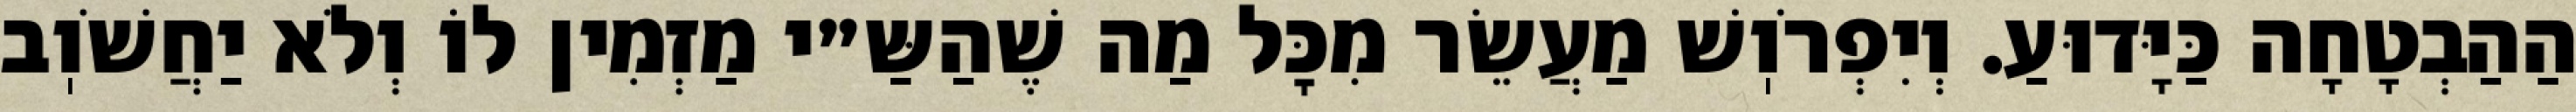
הַהַבְטָחָה כַּיָּדוּעַ. וְיִפְרֹוֽשׁ מַעֲשֵׂר מִכׇּל מַה שֶׁהַשַּ״י מַזְמִין לוֹ וְלֹא יַחֲשֹׁוֽב